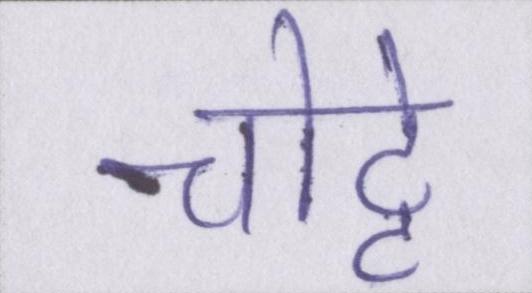
चोट्टे